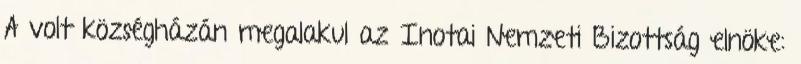
A volt községházán megalakul az Inotai Nemzeti Bizottság elnöke: